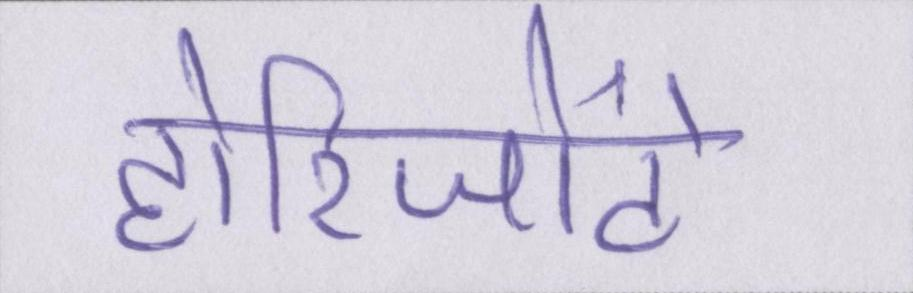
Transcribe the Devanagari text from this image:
होरिजोंटे